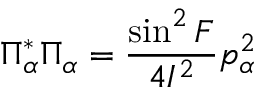
\Pi _ { \alpha } ^ { * } \Pi _ { \alpha } = \frac { \sin ^ { 2 } F } { 4 { \cal I } ^ { 2 } } p _ { \alpha } ^ { 2 }